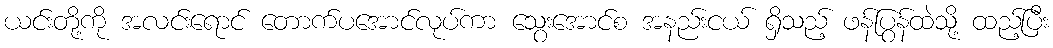
ယင်းတို့ကို အလင်းရောင် တောက်ပအောင်လုပ်ကာ သွေးအောင်စ အနည်းငယ် ရှိသည့် ဖန်ပြွန်ထဲသို့ ထည့်ပြီး